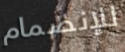
للإنضمام